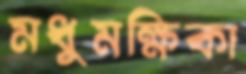
মধুমক্ষিকা